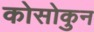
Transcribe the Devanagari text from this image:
कोसोकुन